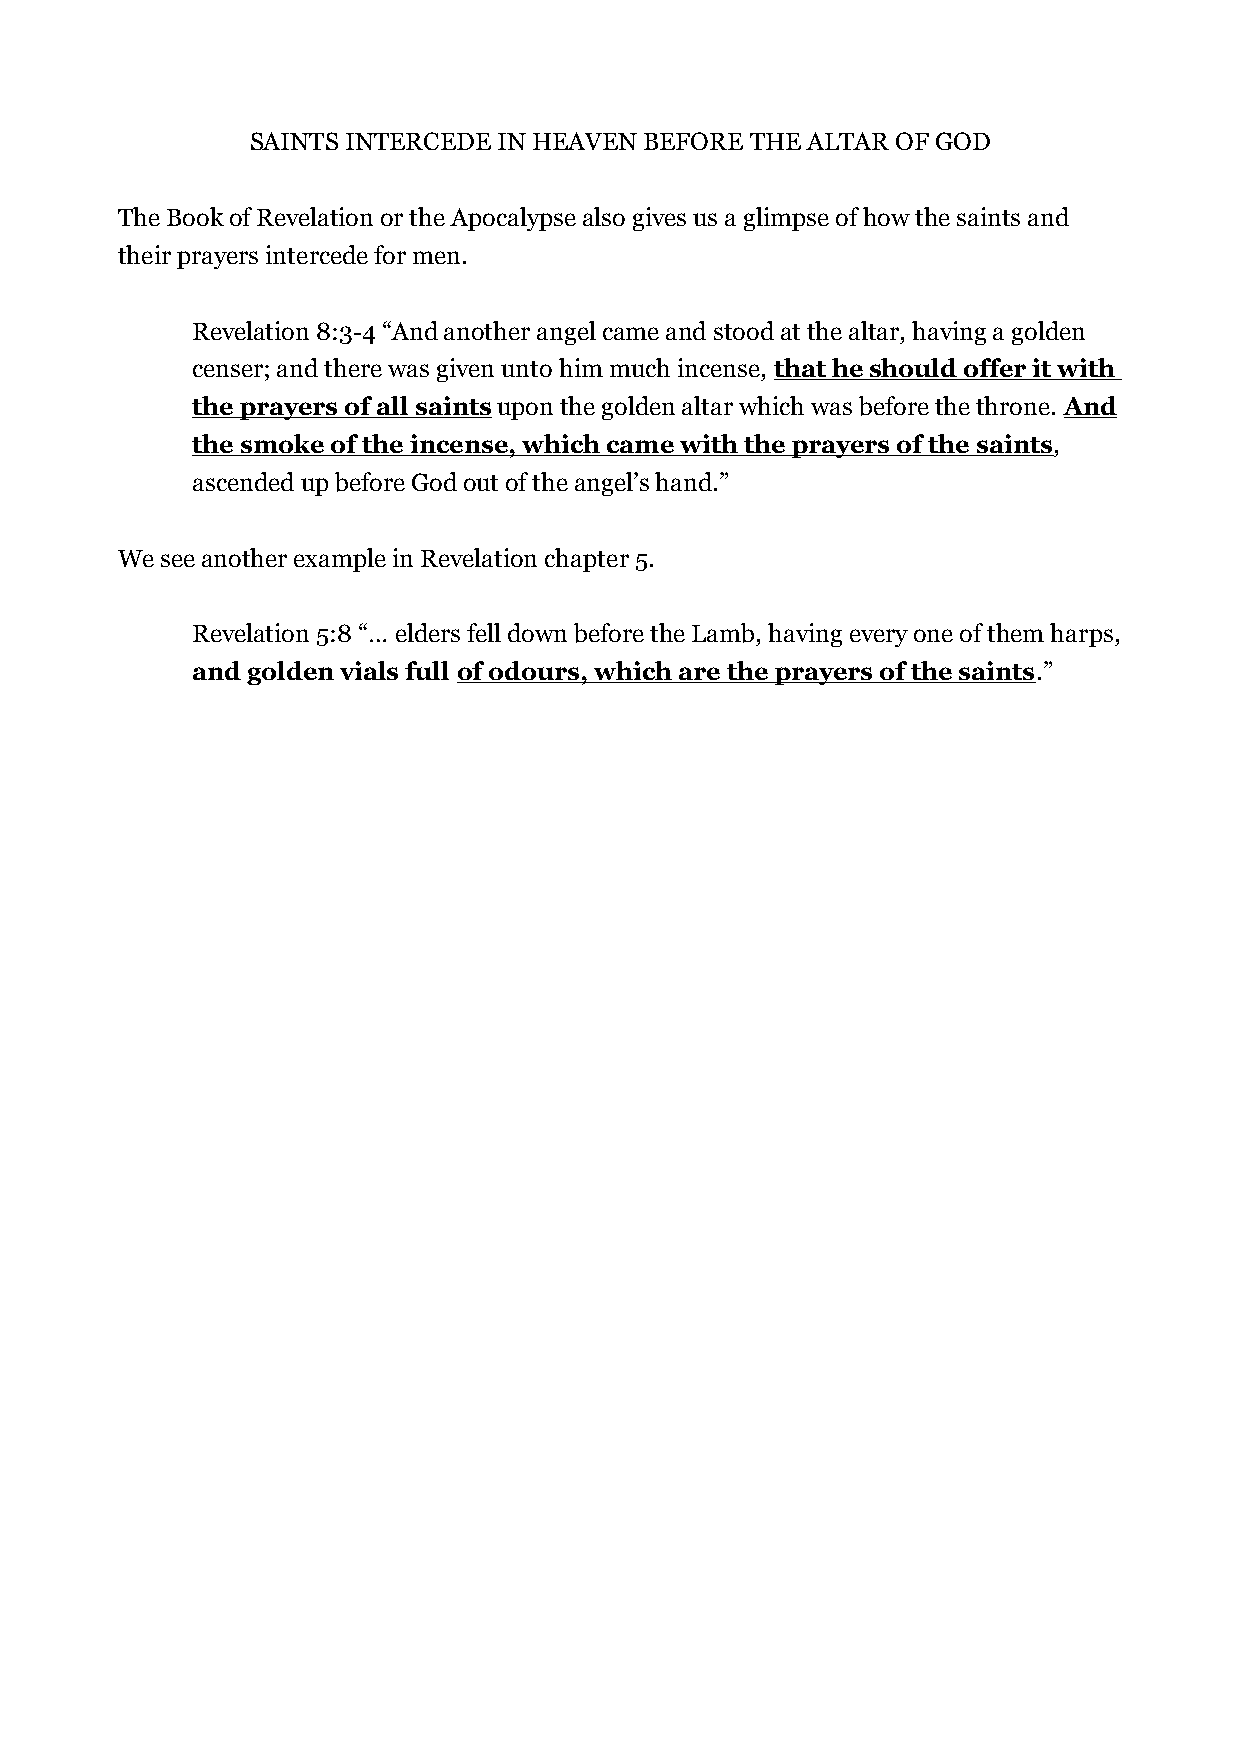
SAINTS INTERCEDE IN HEAVEN BEFORE THE ALTAR OF GOD
 The Book of Revelation or the Apocalypse also gives us a glimpse of how the saints and
 their prayers intercede for men.
 Revelation 8:3-4 “And another angel came and stood at the altar, having a golden
 censer; and there was given unto him much incense, that he should offer it with
 the prayers of all saints upon the golden altar which was before the throne. And
 the smoke of the incense, which came with the prayers of the saints,
 ascended up before God out of the angel’s hand.”
 We see another example in Revelation chapter 5.
 Revelation 5:8 “… elders fell down before the Lamb, having every one of them harps,
 and golden vials full of odours, which are the prayers of the saints.”